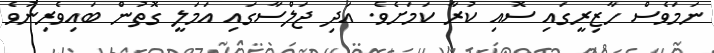
ނަމަވެސް ހާޒިރީގައި ސޮއި ކުރާ ކަމަށެވެ. އަދި ޖަލްސާގައި އަމަލީ ގޮތުން ބައިވެރިނުވެ